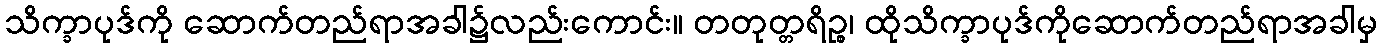
သိက္ခာပုဒ်ကို ဆောက်တည်ရာအခါ၌လည်းကောင်း။ တတုတ္တရိဉ္စ၊ ထိုသိက္ခာပုဒ်ကိုဆောက်တည်ရာအခါမှ